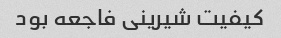
کیفیت شیرینی فاجعه بود